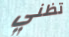
تظني